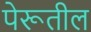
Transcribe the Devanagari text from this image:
पेरूतील